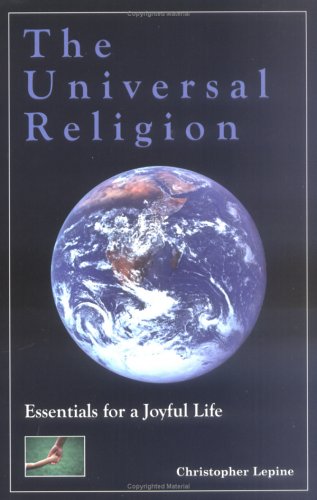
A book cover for The Universal Religion : Essentials for a Joyful Life; Christopher Lepine; Religion & Spirituality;